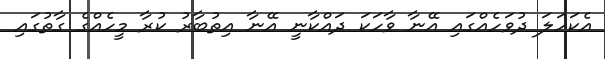
އެކަހަލަ ދުވަހެއްގައި އޭނާ ވާހަކަ ދައްކާނީ އޭނާ އިތުބާރު ކުރާ މީހެއްގެ ގާތުގައި